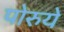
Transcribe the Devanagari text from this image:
पोरुये